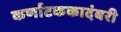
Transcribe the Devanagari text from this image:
कर्णाटककादंबरी